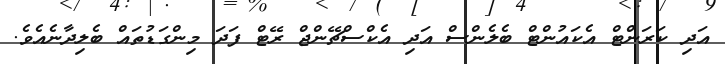
އަދި ކަރަންޓް އެކައުންޓް ބެލެންސް އަދި އެކްސްޗޭންޖް ރޭޓް ފަދަ މިންގަޑުތައް ބެލިދާނެއެވެ.